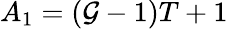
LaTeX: A_{1}=(\mathcal{G}-1)T+1